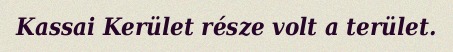
Kassai Kerület része volt a terület.